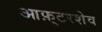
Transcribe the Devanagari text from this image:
आफ़्टरशेव